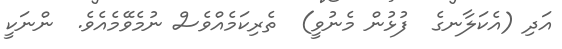
އަދި (އެކަލާނގެ  ފުޅުން މެނުވީ)  ތެރިކަމެއްވެސް ނުމެވޭމެއެވެ.  ންނަކީ